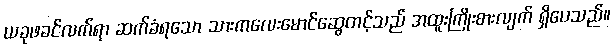
ယခုဖခင်လက်ရာ ဆက်ခံရသော သားကလေးမောင်ဆွေတင့်သည် အထူးကြိုးစားလျက် ရှိပေသည်။